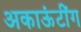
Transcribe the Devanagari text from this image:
अकाऊंटींग